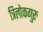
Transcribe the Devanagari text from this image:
त्रिलोकगुरु